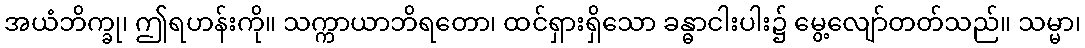
အယံဘိက္ခု၊ ဤရဟန်းကို။ သက္ကာယာဘိရတော၊ ထင်ရှားရှိသော ခန္ဓာငါးပါး၌ မွေ့လျော်တတ်သည်။ သမ္မာ၊